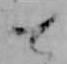
て